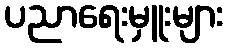
ပညာရေးမှူးများ